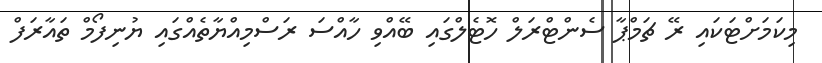
މިކަމަށްޓަކައި ރޭ ޗަމްޕާ ސެންޓްރަލް ހޮޓެލްގައި ބޭއްވި ހާއްސަ ރަސްމިއްޔާތެއްގައި ޔުނިފޯމް ތައާރަފް